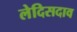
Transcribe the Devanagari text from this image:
लेदिसदाव